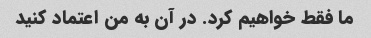
ما فقط خواهیم کرد. در آن به من اعتماد کنید